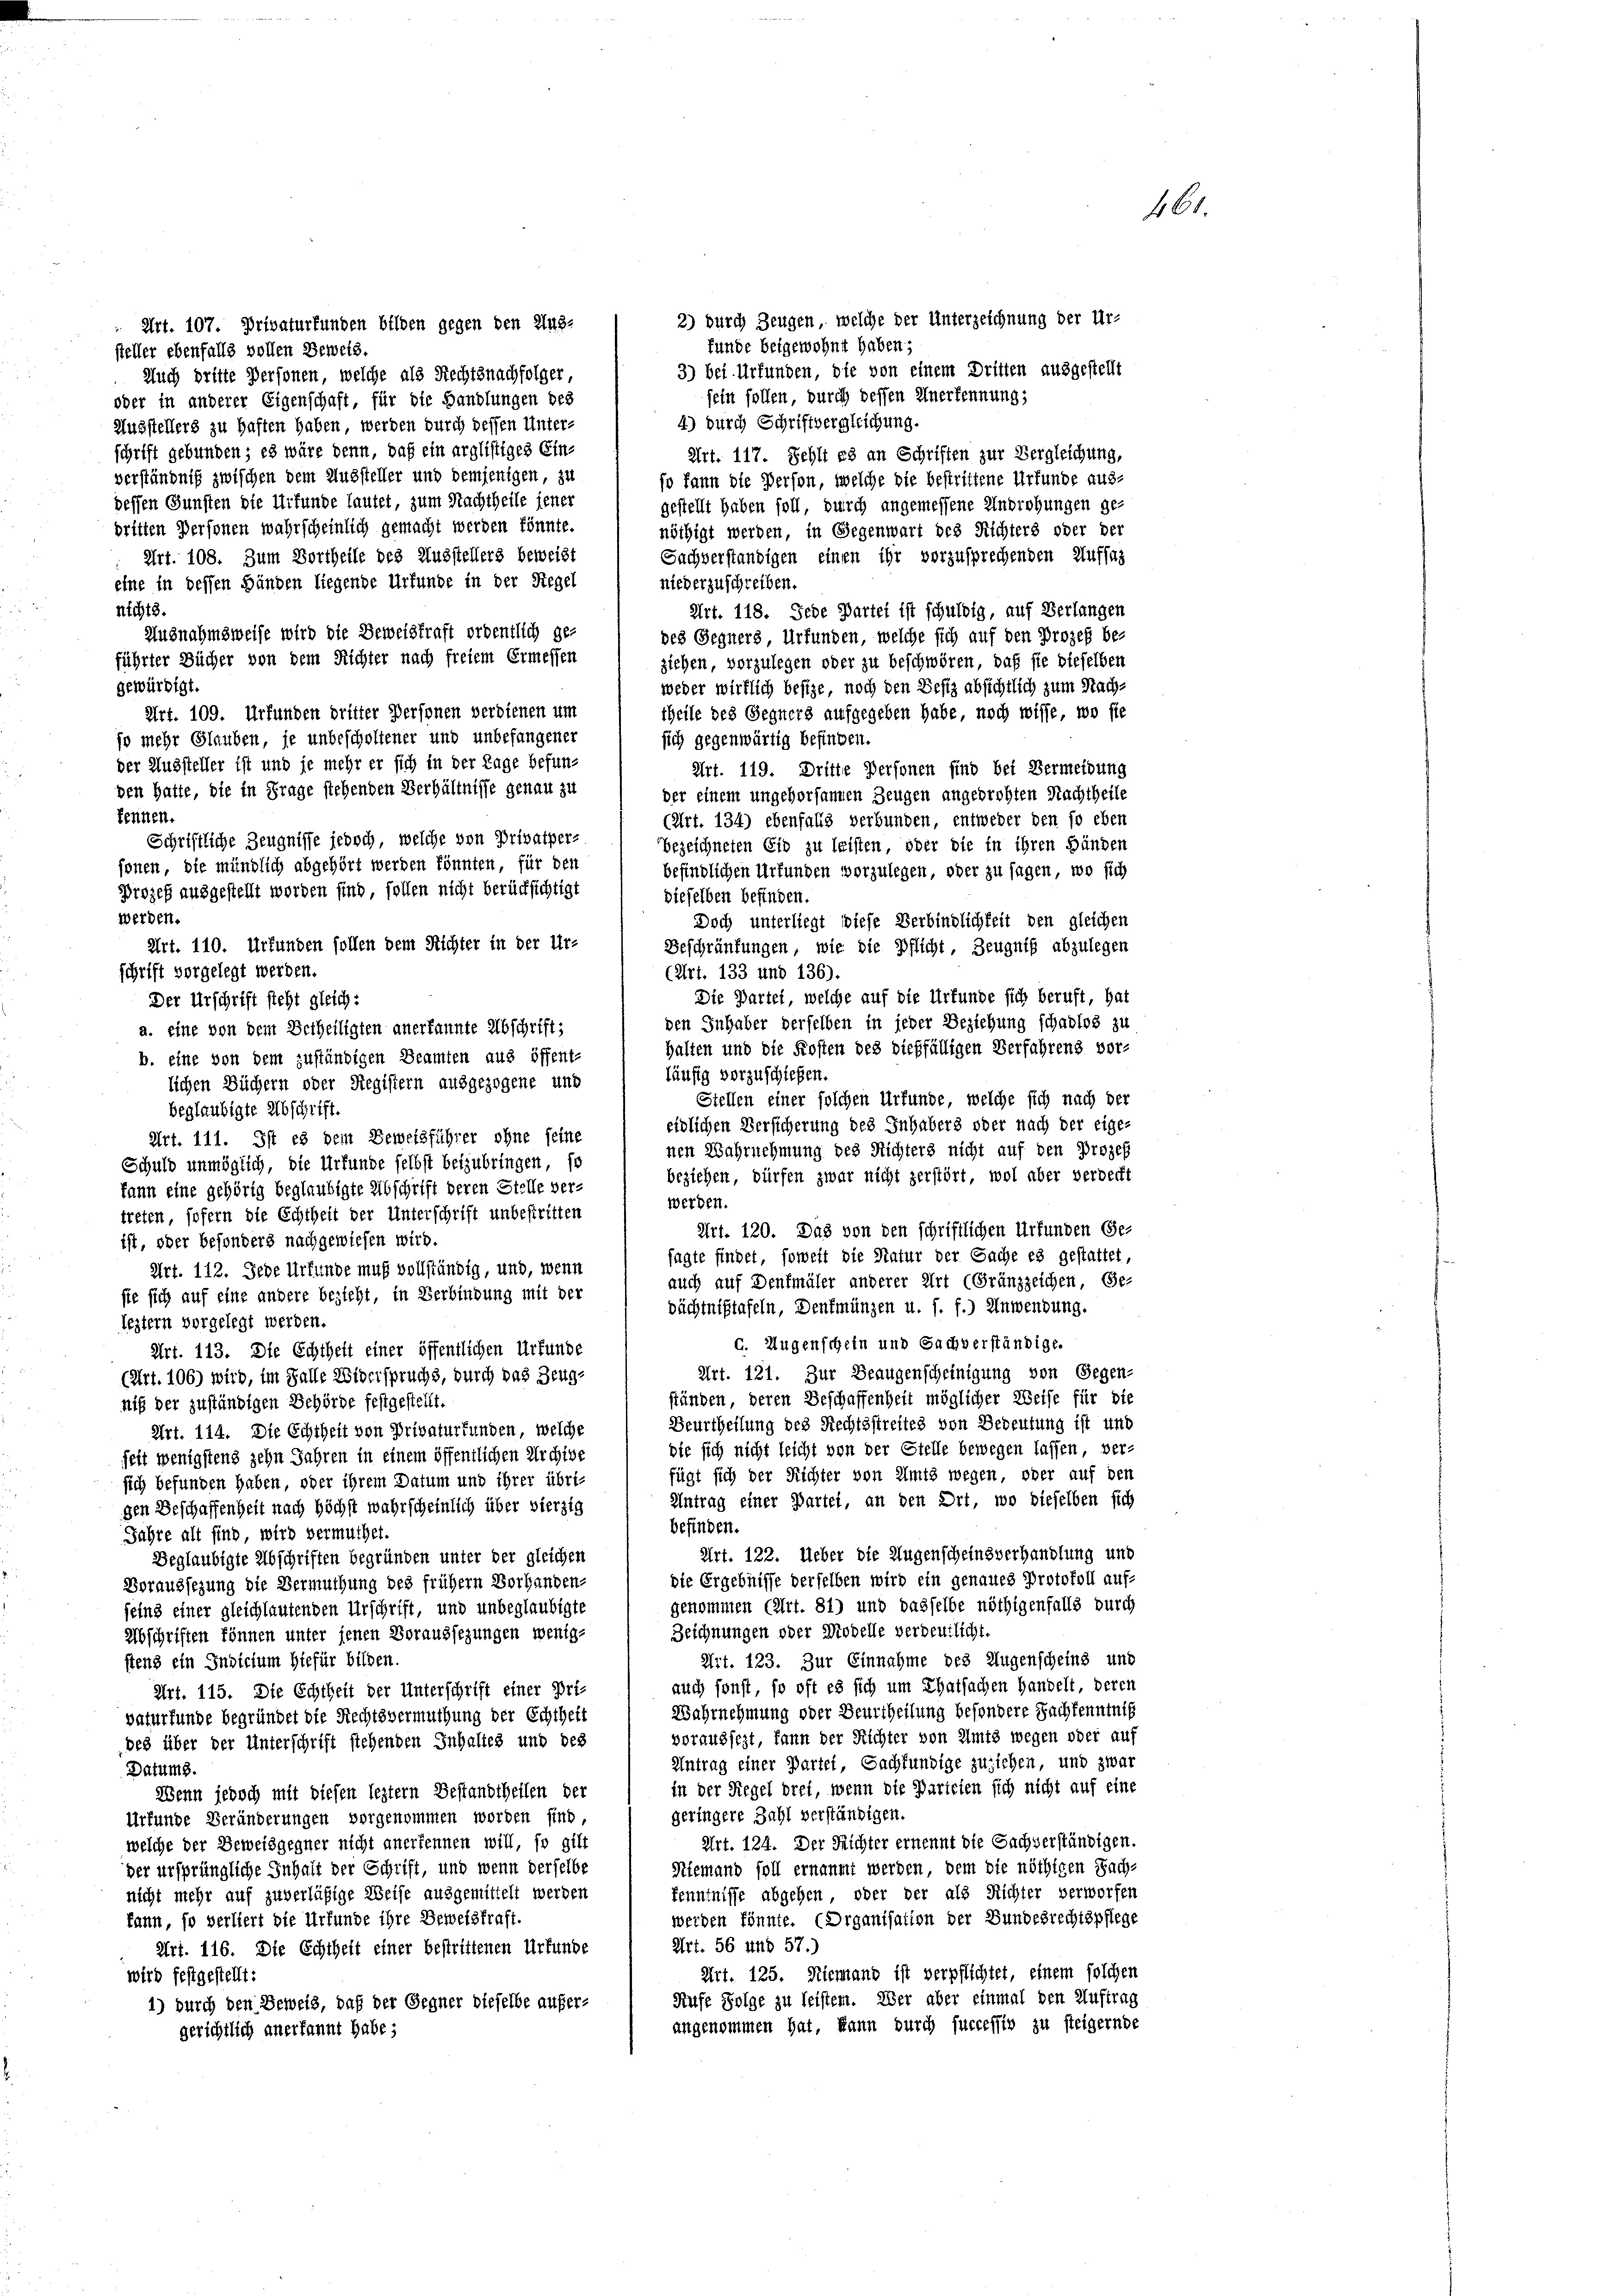
Art. 107. Privaturfunden bilden gegen den Auge
funde beigewohnt haben;
steller ebenfalls vollen Beweis.
Auch dritte Personen, welche als Rechtsnachfolger,
sein sollen, durch dessen Anerkennung,
oder in anderer Eigenschaft, für die Handlungen des
4.) Durch Schriftvergleichung.
Ausstellers zu haften haben werden durch dessen Unter-
schrift gebunden; es wäre denn, daß ein arglistiges Ein-
verständniß zwischen dem Aussteller und demjenigen, zu
dessen Gunsten die Urfunde lautet, zum Nachtheile jener
dritten Personen wahrscheinlich gemacht werden könnte.
Art. 108. Zum Vortheile des Ausstellers beweist
Sachverständigen einen ihr vorzusprechenden Auffas
eine in dessen Händen liegende Urfunde in der Regel
niederzuschreiben.
nichts.
Art. 118. Jede Partei ist schuldig, auf Verlangen
Ausnahmsweise wird die Beweistraft ordentlich ge-
des Gegners Urfunden, welche sich auf den Prozeß beführter Bücher von dem Richter nach freiem Ermessen
ziehen, vorzulegen oder zu beschwören, daß sie dieselben
gewürdigt.
weder wirklich besize, noch den Besiz absichtlich zum Nach-
Art. 109. Urfunden dritter Personen verdienen um
theile des Gegners aufgegeben habe, noch wisse, wo sie
so mehr Glauben, je unbescholtener und unbefangener
sich gegenwärtig befinden.
Art. 119. Dritte Personen sind bei Vermeidung
der einem ungehorsammen Zeugen angedrohten Nachtheile
kennen.
(Art. 134) ebenfalls verbunden, entweder den so eben
bezeichneten Eid zu leisten, oder die in ihren Händen
befindlichen Urfunden vorzulegen, oder zu sagen, wo sich
dieselben befinden.
werden.
Doch unterliegt diese Verbindlichkeit den gleichen
Beschränkungen, wie die Pflicht, Zeugniß abzulegen
(Art. 133 und 136).
Die Partei, welche auf die Urfunde sich beruft, hat
den Inhaber derselben in jeder Beziehung schadlos zu
halten und die Kosten des dießfälligen Verfahrens vor-
läufig vorzuschieben.
Stellen einer solchen Urfunde, welche sich nach der
eidlichen Versicherung des Inhabers oder nach der eige-
Art. 111. Ist es dem Beweisführer ohne seine
nen Wahrnehmung des Richters nicht auf den Prozes
Schuld unmöglich, die Urkunde selbst beizubringen, so
beziehen, dürfen zwar nicht zerstört, wol aber verdeckt
kann eine gehörig beglaubigte Abschrift deren Stelle ver-
werden.
treten sofern die Echtheit der Unterschrift unbestritten
Art. 120. Das von den schriftlichen Urfunden Ge-
ist, oder besonders nachgewiesen wird.
sagte findet, soweit die Natur der Sache es gestattet,
Art. 112. Jede Urkunde muß vollständig, und, wenn
auch auf Denkmäler anderer Art (Gränzzeichen Ge-
sie sich auf eine andere bezieht, in Verbindung mit der
dächtnistafeln, Denkmünzen u. s. f.) Anwendung.
leztern vorgelegt werden.
c. Augenschein und Sachverständige.
Art. 113. Die Echtheit einer öffentlichen Urfunde
Art. 121. Zur Beaugenscheinigung von Gegen-
(Art. 106) wird, im Falle Widerspruchs, durch das Zeug-
ständen, deren Beschaffenheit möglicher Weise für die
niß der zuständigen Behörde festgestellt.
Beurtheilung des Rechtsstreites von Bedeutung ist und
Art. 114. Die Echtheit von Privaturfunden, welche
die sich nicht leicht von der Stelle bewegen lassen ver-
seit wenigstens zehn Jahren in einem öffentlichen Archive
fügt sich der Richter von Amts wegen, oder auf den
sich befunden haben, oder ihrem Datum und ihrer übri-
Antrag einer Partel, an den Ort, wo dieselben sich
gen Beschaffenheit nach höchst wahrscheinlich über vierzig
befinden.
Jahre alt sind wird vermuthet.
Art. 122. Ueber die Augenscheinsverhandlung und
Beglaubigte Abschriften begründen unter der gleichen
die Ergebnisse derselben wird ein genaues Protokoll auf-
Voraussezung die Vermuthung des frühem Vorhanden-
genommen (Art. 81) und dasselbe nöthigenfalls durch
seins einer gleichlautenden Urschrift, und unbeglaubigte
Zeichnungen oder Modelle verdeutlicht.
Abschriften können unter jenen Voraussezungen wenig-
Art. 123. Zur Einnahme des Augenscheins und
stens ein Indicium hiefür bilden
auch sonst, so oft es sich um Thatsachen Handelt, deren
Art. 115. Die Echtheit der Unterschrift einer Pri-
Wahrnehmung oder Beurtheilung besondere Sachkenntniß
vaturfunde begründet die Rechtsvermuthung der Echtheit
voraussezt, kann der Richter von Amts wegen oder auf
des über der Unterschrift stehenden Inhaltes und des
Antrag einer Partei Sachfündige zuziehen, und zwar
Datums.
in der Regel drei, wenn die Parteien sich nicht auf eine
Wenn jedoch mit diesen leztern Bestandtheilen der
geringere Zahl verständigen.
Urfunde Veränderungen vorgenommen worden sind
Art. 124. Der Reichter ernennt die Sachverständigen.
welche der Beweisgegner nicht anerkennen will, so gilt
Niemand soll ernannt werden, dem die nöthigen Sach-
der ursprüngliche Inhalt der Schrift, und wenn derselbe
kenntnisse abgehen, oder der als Richter verworfen
nicht mehr auf zuverläßige Weise ausgemittelt werden
werden könnte. (Organisation der Bundesrechtspflege
kann, so verliert die Urfunde ihre Beweistraft.
Art. 56 und 57.)
Art. 116. Die Echtheit einer bestrittenen Urfunde
Art. 125. Niemand ist verpflichtet, einem solchen
wird festgestellt:
Rufe Folge zu leisten. Wer aber einmal den Auftrag
1) durch den Beweis, daß der Gegner dieselbe aufer-
angenommen hat, kann durch successiv zu steigernde
gerichtlich anerkannt habe;

der Aussteller ist und je mehr er sich in der Lage befun-
ven hatte, die in Frage stehenden Verhältnisse genau zu
Schriftliche Zeugnisse jedoch, welche von Privatper-
sonen, die mündlich abgehört werden könnten für den
Prozeß ausgestellt worden sind, sollen nicht berücksichtigt
Art. 110. Urfunden sollen dem Richter in der Ur-
schrift vorgelegt werden.
Der Urschrift steht gleich:
a. eine von dem Betheiligten anerkannte Abschrift;
b. eine von dem zuständigen Beamten aus öffent-
lichen Büchern oder Registern ausgezogene und
beglaubigte Abschrift.

2) durch Zeugen, welche der Unterzeichnung der Ur-
3) Bei Urfunden, die von einem Dritten ausgestellt
Art. 117. Sehli es an Schriften zur Vergleichung,
so kann die Person, welche die bestrittene Urfunde ausgestellt haben soll, durch angemessene Androhungen ge-
nöthigt werden, in Gegenwart des Richters oder der

161